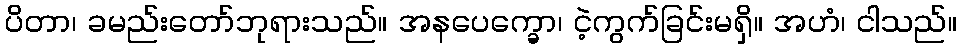
ပိတာ၊ ခမည်းတော်ဘုရားသည်။ အနပေက္ခော၊ ငဲ့ကွက်ခြင်းမရှိ။ အဟံ၊ ငါသည်။